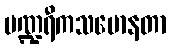
ပဏ္ဍရီကသမောနတာ